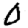
Digit: 0